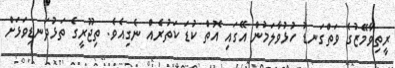
ރީތިވާމޭޒުގެ ވަތްގަނޑު ހުޅުވާލަމުން އޭގައި އޮތް ކުޑަ ކަތުރެއް ނެގިއެވެ. ތިޖޫރީގެ ތަޅުދަނޑިވަޅަށް